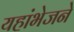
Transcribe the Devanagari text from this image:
यहांभेजने